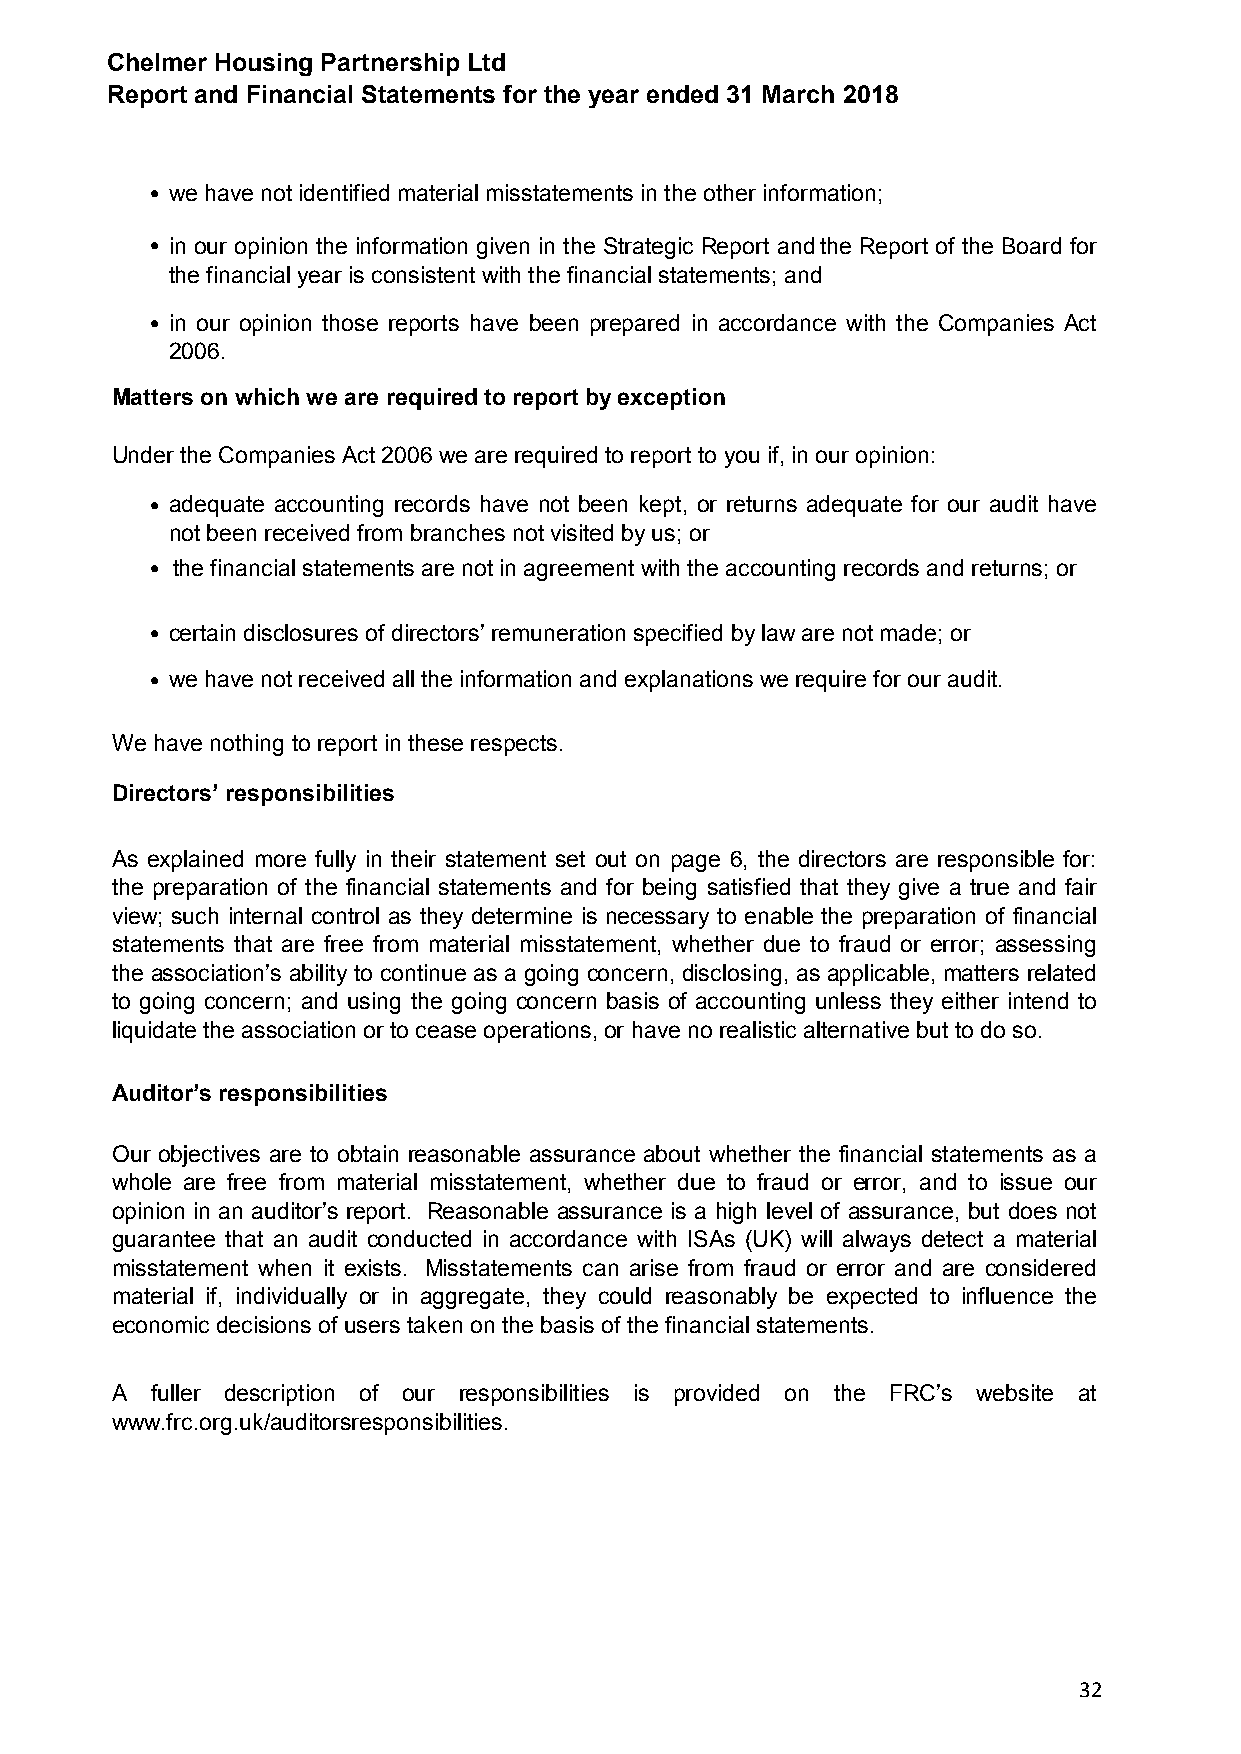
Chelmer Housing Partnership Ltd
 Report and Financial Statements for the year ended 31 March 2018
 • we have not identified material misstatements in the other information;
 • in our opinion the information given in the Strategic Report andthe Report of the Board for
 the financial year is consistent with the financial statements; and
 • in our opinion those reports have been prepared in accordance with the Companies Act
 2006.
 Matters on which we are required to report by exception
 Under the Companies Act 2006 we are required to report to you if, in our opinion:
 • adequate accounting records have not been kept, or returns adequate for our audit have
 not been received from branches not visited by us; or
 • the financial statements are not in agreement with the accounting records and returns; or
 • certain disclosures of directors’ remuneration specified by law are not made; or
 • we have not received all the information and explanations we require for our audit.
 We have nothing to report in these respects.
 Directors’ responsibilities
 As explained more fully in their statement set out on page 6, the directors are responsible for:
 the preparation of the financial statements and for being satisfied that they give a true and fair
 view; such internal control as they determine is necessary to enable the preparation of financial
 statements that are free from material misstatement, whether due to fraud or error; assessing
 the association’s ability to continue as a going concern, disclosing, as applicable, matters related
 to going concern; and using the going concern basis of accounting unless they either intend to
 liquidate the association or to cease operations, or have no realistic alternative but to do so.
 Auditor’s responsibilities
 Our objectives are to obtain reasonable assurance about whether the financial statements as a
 whole are free from material misstatement, whether due to fraud or error, and to issue our
 opinion in an auditor’s report. Reasonable assurance is a high level of assurance, but does not
 guarantee that an audit conducted in accordance with ISAs (UK) will always detect a material
 misstatement when it exists. Misstatements can arise from fraud or error and are considered
 material if, individually or in aggregate, they could reasonably be expected to influence the
 economic decisions of users taken on the basis of the financial statements.
 A  fuller description of our responsibilities is provided on the FRC’s website at
 www.frc.org.uk/auditorsresponsibilities.
 32